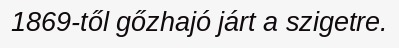
1869-től gőzhajó járt a szigetre.